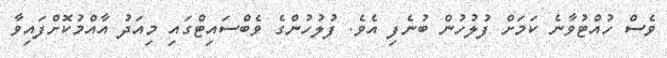
ވެސް ހުއްޓުވާނެ ކަމަށް ފުލުހުން ބުނެފި އެވެ. ފުލުހުންގެ ވެބްސައިޓްގައި މިއަދު އާއްމުކޮށްފައިވާ